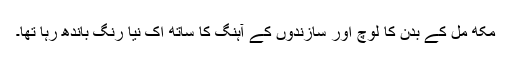
مکھ مل کے بدن کا لوچ اور سازندوں کے آہنگ کا ساتھ اک نیا رنگ باندھ رہا تھا۔